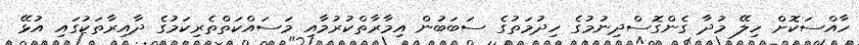
ހާއްސަކޮށް ހިލޭ މުދާ ގެންގޮސްދިނުމުގެ ހިދުމަތުގެ ސަބަބުން އިމާރާތްކުރުމާއި މަސައްކަތްތެރިކަމުގެ ދާއިރާތަކުގައި އުޅޭ